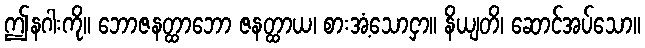
ဤနဂါးကို။ ဘောဇနတ္ထာဘော ဇနတ္ထာယ၊ စားအံ့သောငှာ။ နိယျတိ၊ ဆောင်အပ်သော။